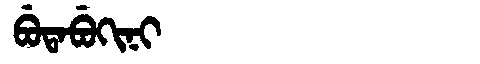
Manchu: ᠪᡠᡨᠠᠪᡠᡴᡳᠨᡳ
Romanization: BUTABUKINI